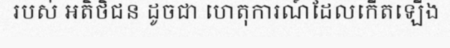
របស់ អតិថិជន ដូចជា ហេតុការណ៍ដែលកើតឡើង